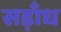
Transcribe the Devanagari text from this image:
सड़ाँध